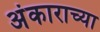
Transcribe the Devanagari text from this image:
अंकाराच्या